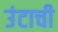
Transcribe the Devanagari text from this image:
उंटाची